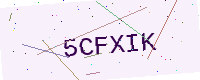
Text: 5CFXIK